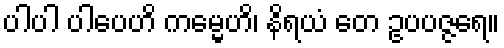
ပါပါ ပါပေဟိ ကမ္မေဟိ၊ နိရယံ တေ ဥပပဇ္ဇရေ။